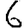
Digit: 6